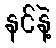
နင်နဲ့